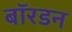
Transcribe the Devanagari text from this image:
बॉरडन